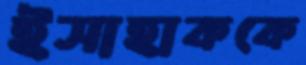
ইসাহাককে